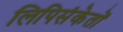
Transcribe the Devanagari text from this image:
लिपिसंकेतों